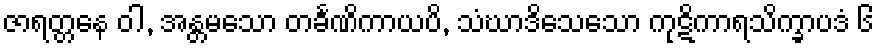
ဇာရတ္တနေ ဝါ, အန္တမသော တင်္ခဏိကာယပိ, သံဃာဒိသေသော ကုဋိကာရသိက္ခာပဒံ ၆